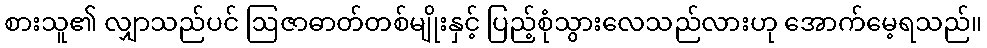
စားသူ၏ လျှာသည်ပင် ဩဇာဓာတ်တစ်မျိုးနှင့် ပြည့်စုံသွားလေသည်လားဟု အောက်မေ့ရသည်။